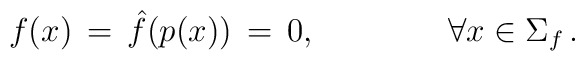
f(x) \,=\, \hat{f}(p(x)) \,=\, 0, \hspace{4em} \forall x \in \Sigma_{f}\,.